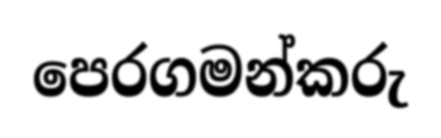
පෙරගමන්කරු